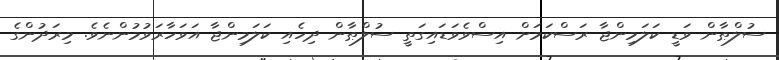
ސުލްޠާން ވަޑީ ކަލަމިންޖާ ރަސްކަމަށް އިސްވެވަޑައިގަތީ ސުލްޠާން ދިހެއި ކަލަމިންޖާ އަވަހާރަވުމުންނެވެ. މިރަދުންގެ